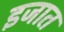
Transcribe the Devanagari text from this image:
इजात